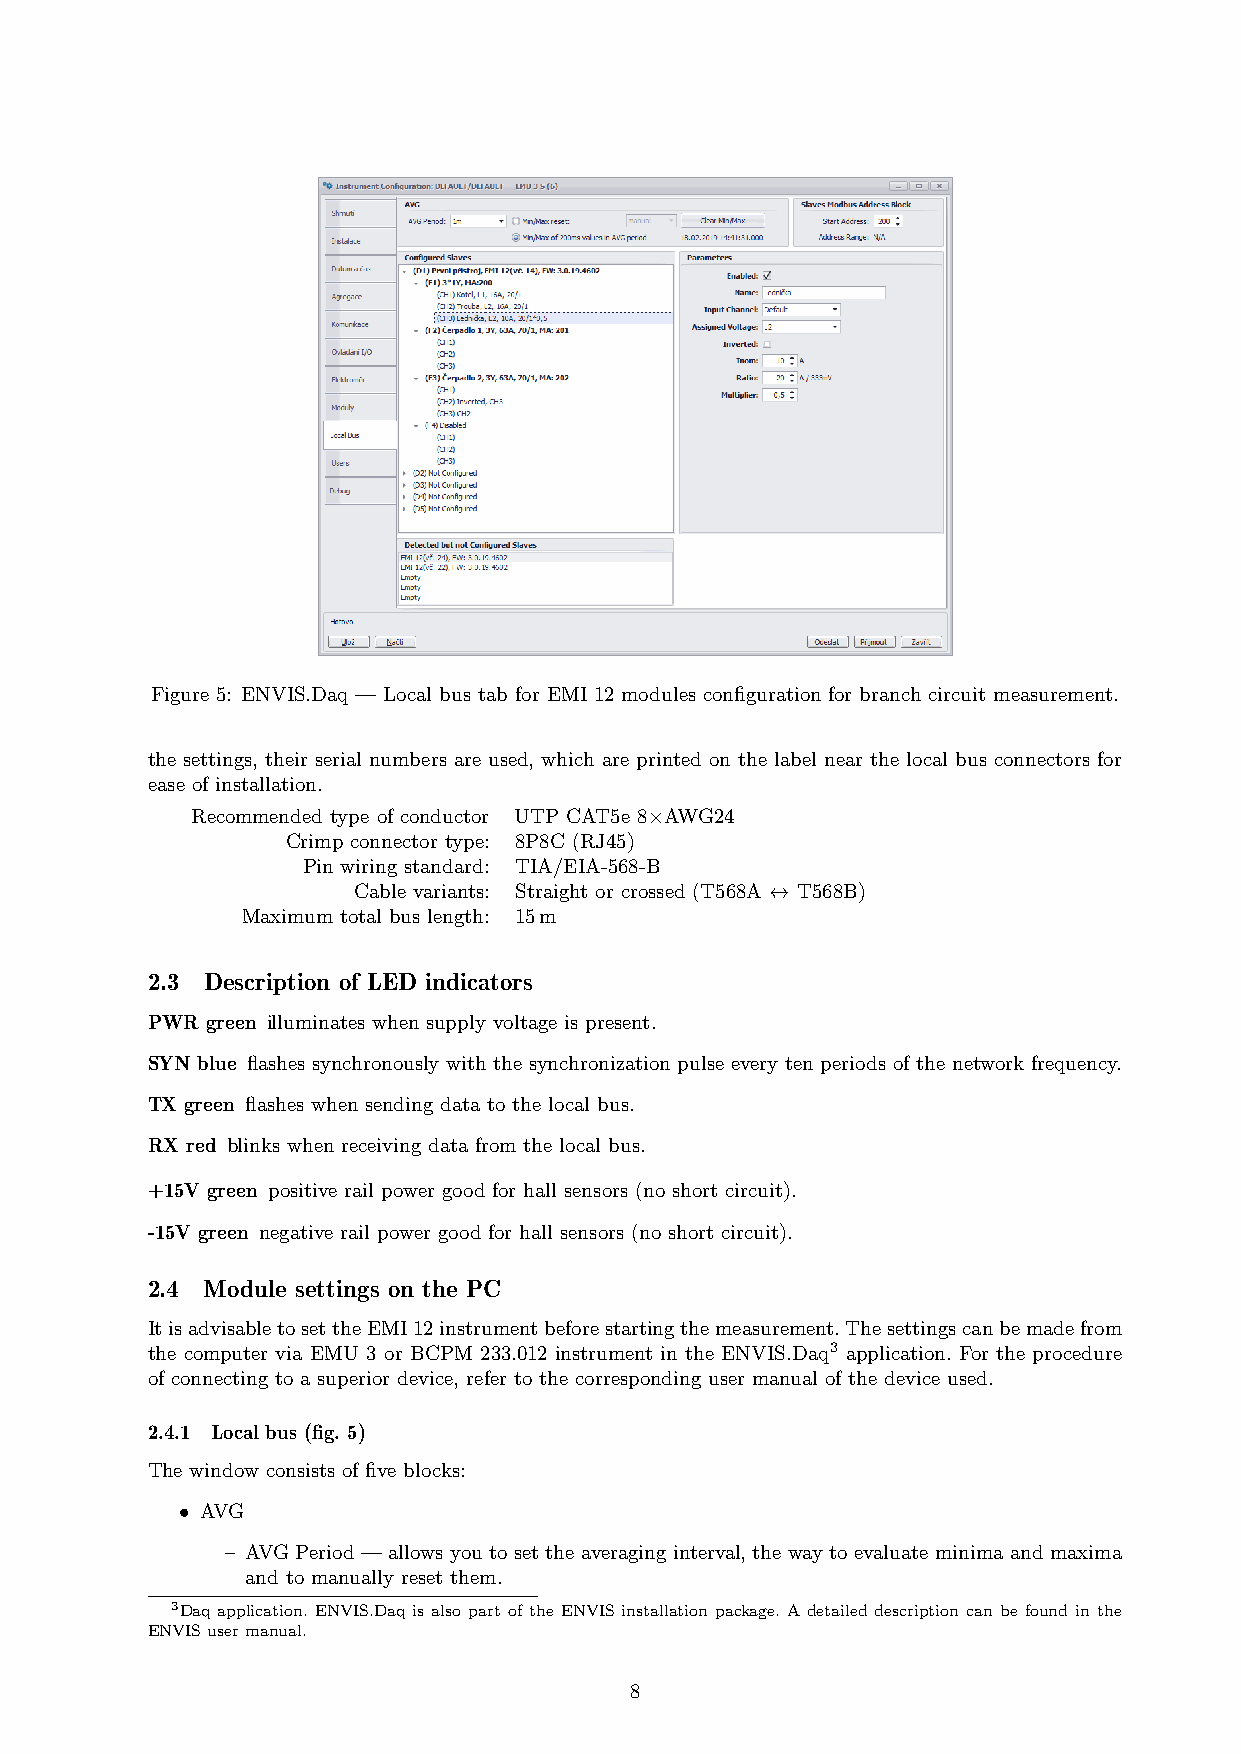
Figure 5: ENVIS.Daq — Local bus tab for EMI 12 modules configuration for branch circuit measurement.
 the settings, their serial numbers are used, which are printed on the label near the local bus connectors for
 ease of installation.
 Recommended type of conductor UTP CAT5e 8×AWG24
 Crimp connector type: 8P8C (RJ45)
 Pin wiring standard: TIA/EIA-568-B
 Cable variants: Straight or crossed (T568A ↔ T568B)
 Maximum total bus length: 15m
 2.3 Description of LED indicators
 PWR green illuminates when supply voltage is present.
 SYN blue flashes synchronously with the synchronization pulse every ten periods of the network frequency.
 TX green flashes when sending data to the local bus.
 RX red blinks when receiving data from the local bus.
 +15V green positive rail power good for hall sensors (no short circuit).
 -15V green negative rail power good for hall sensors (no short circuit).
 2.4 Module settings on the PC
 ItisadvisabletosettheEMI12instrumentbeforestartingthemeasurement.Thesettingscanbemadefrom
 the computer via EMU 3 or BCPM 233.012 instrument in the ENVIS.Daq3 application. For the procedure
 of connecting to a superior device, refer to the corresponding user manual of the device used.
 2.4.1 Local bus (fig. 5)
 The window consists of five blocks:
 • AVG
 – AVG Period — allows you to set the averaging interval, the way to evaluate minima and maxima
 and to manually reset them.
 3Daq application. ENVIS.Daq is also part of the ENVIS installation package. A detailed description can be found in the
 ENVISusermanual.
 8